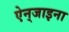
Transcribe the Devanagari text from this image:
ऐन्‌जाइना